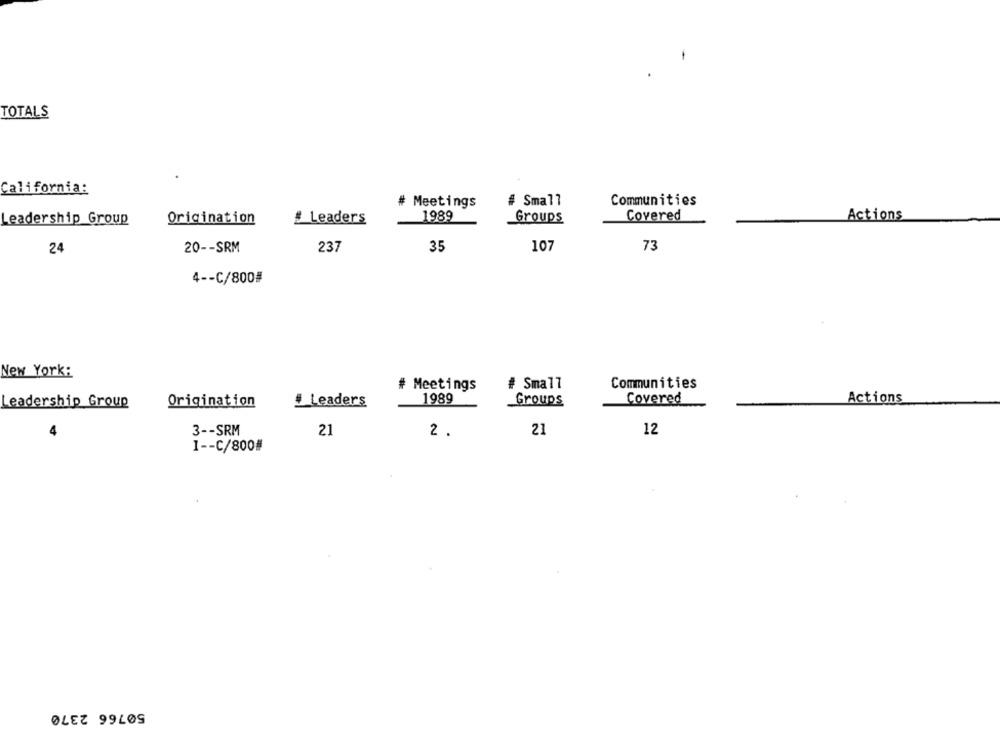
TOTALS
California:
Communities
# Meetings
# Small
Leadership Group
Origination
# Leaders
1989
Groups
Covered
Actions
24
20 -- SRM
237
35
107
73
4 -- C/800#
New York:
# Meetings
# Small
Communities
1989
Covered
Actions
Leadership Group
Origination
# Leaders
Groups
4
3 -- SRM
21
2 .
21
12
I -- C/800#
50766 2370